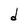
Character: d